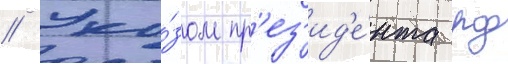
// Ука́зом пр'ез'ид'е́нта рф